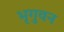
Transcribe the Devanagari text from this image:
भृगुवन